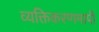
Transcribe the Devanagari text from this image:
व्यक्तिकरणमापी